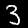
Label: 3